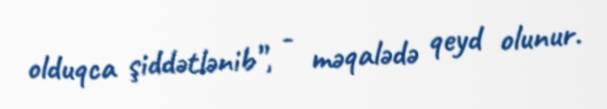
olduqca şiddətlənib”, - məqalədə qeyd olunur.